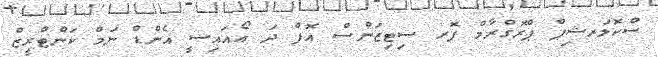
ސްކޮލަރޝިޕް ޕްރޮގްރާމް ފޮރ ސިޓިޒަންސް އޮފް ދަ އޯއައިސީ އެންޑް ނަމް ކަންޓްރީޒް